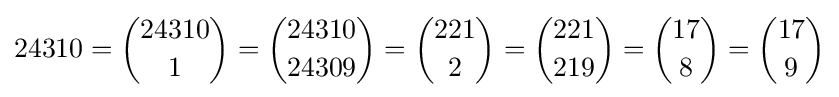
24310={24310 \choose 1}={24310 \choose 24309}={221 \choose 2}={221 \choose 219}={17 \choose 8}={17 \choose 9}